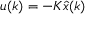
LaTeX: u ( k ) = - K { \hat { x } } ( k )